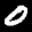
Label: 0